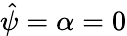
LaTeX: \hat{\psi}=\alpha=0